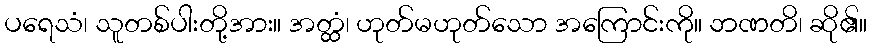
ပရေသံ၊ သူတစ်ပါးတို့အား။ အတ္ထံ၊ ဟုတ်မဟုတ်သော အကြောင်းကို။ ဘဏတိ၊ ဆို၏။